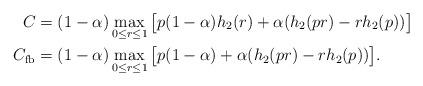
LaTeX: \begin{align*}C&=(1-\alpha)\max_{0\leq r\leq 1}\big[p(1-\alpha)h_2(r)+\alpha(h_2(pr)-rh_2(p))\big]\\C_{\mathrm{fb}}&=(1-\alpha)\max_{0\leq r\leq 1}\big[p(1-\alpha)+\alpha(h_2(pr)-rh_2(p))\big].\end{align*}